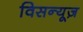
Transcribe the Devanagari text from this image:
विसन्यूज़